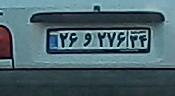
۲۶و۲۷۶۳۴